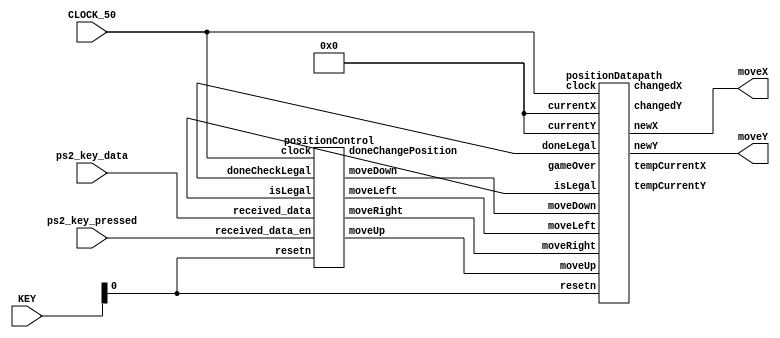
`timescale 1ns/1ns

module position(CLOCK_50, KEY, ps2_key_pressed, ps2_key_data, moveX, moveY);

	input CLOCK_50;
	input [3:0] KEY;
	input ps2_key_pressed;
	input [7:0] ps2_key_data;
	
	output [4:0] moveX, moveY;
	
	
	wire doneCheckLegal, isLegal, gameOver;
	wire moveUp, moveDown, moveLeft, moveRight;
	wire doneChangePosition;
	
	positionControl POSCTRL(
		.clock(CLOCK_50),
		.resetn(KEY[0]),
		.received_data_en(ps2_key_pressed),
		.received_data(ps2_key_data),
		.doneCheckLegal(doneCheckLegal),
		.isLegal(isLegal),
		.moveUp(moveUp),
		.moveDown(moveDown),
		.moveLeft(moveLeft),
		.moveRight(moveRight),
		.doneChangePosition(doneChangePosition)
	);
	
	//will this cause currentX and currentY to always be reset to 0,0 every time the top level module is instantiated?
	//if so, how can I input 0,0 only once at the beginning of the game?
	wire [4:0] currentX, currentY;
	assign currentX = 5'b00000;
	assign currentY = 5'b00000;
	
	wire [4:0] tempCurrentX, tempCurrentY;
	wire [4:0] changedX, changedY;
	wire [4:0] newX, newY;
	
	positionDatapath POSDATA( 
		.clock(CLOCK_50),
		.resetn(KEY[0]),
		.currentX(currentX),
		.currentY(currentY),
		.moveUp(moveUp),
		.moveDown(moveDown),
		.moveLeft(moveLeft),
		.moveRight(moveRight),
		.doneLegal(doneCheckLegal),
		.isLegal(isLegal),
		.gameOver(gameOver),
		.tempCurrentX(tempCurrentX),
		.tempCurrentY(tempCurrentY),
		.changedX(changedX),
		.changedY(changedY),
		.newX(newX),
		.newY(newY)
	);
	
	assign moveX = newX;
	assign moveY = newY;

endmodule

module positionControl(
	input clock,
	input resetn,
	input received_data_en,
	input [7:0] received_data,
	input doneCheckLegal,
	input isLegal,
	output reg moveUp,
	output reg moveDown,
	output reg moveLeft,
	output reg moveRight,
	output reg doneChangePosition
	);
	
	reg [3:0]  currentState, nextState;
	
	localparam  IDLE = 5'b00000,
				LOAD_DIRECTION = 5'b00001,
				CHANGE_POSITION = 5'b00010,
				MODIFICATIONS = 5'b00011,
				CHANGE_CURRENT = 5'b00100,
				DONT_CHANGE_CURRENT = 5'b00101;
				
	//next state logic
	//Question: what do I do exactly with the next state info?
	//should i send out the changePosition done flag only?
	//do I need to enable the registers to read/write data?
	always @ (*)
	begin: state_table
		case(currentState)
			IDLE: nextState = received_data_en ? LOAD_DIRECTION : IDLE;
			
			LOAD_DIRECTION: nextState = !received_data_en ? CHANGE_POSITION : LOAD_DIRECTION;
			
			CHANGE_POSITION: nextState = doneCheckLegal ? MODIFICATIONS : CHANGE_POSITION;
			
			MODIFICATIONS: nextState = isLegal ? CHANGE_CURRENT : DONT_CHANGE_CURRENT;
			
			CHANGE_CURRENT: nextState = doneChangePosition ? IDLE : CHANGE_CURRENT;
			
			DONT_CHANGE_CURRENT: nextState = doneChangePosition ? IDLE : DONT_CHANGE_CURRENT;
			
			default: nextState = IDLE;
		endcase
	end
	
	//raising the doneChangePosition flag
	//if you needed enable signals for the registers, this is where you would add them
	//just change the states to have begin/end
	always @ (*)
	begin: isDoneChangingPosition
		doneChangePosition = 1'b0;
		case(currentState)
			IDLE: doneChangePosition = 1'b0;
			
			LOAD_DIRECTION: doneChangePosition = 1'b0;
			
			CHANGE_POSITION: doneChangePosition = 1'b0;
			
			MODIFICATIONS: doneChangePosition = 1'b0;
			
			//where should i raise the flag that the position has changed?
			CHANGE_CURRENT: doneChangePosition = 1'b1;
			
			DONT_CHANGE_CURRENT: doneChangePosition = 1'b1;
			
			default: doneChangePosition = 1'b0; //technically don't need default
		endcase
	end
	
	localparam  W = 8'h1d; //move up
	localparam	A = 8'h1c; //move left
	localparam	S = 8'h1b; //move down
	localparam	D = 8'h23; //move right
				
	//determine if key pressed corresponds to moving up/down/left/right
	always @ (*)
	begin: directionOfMovement
	
		moveUp = 1'b0;
		moveDown = 1'b0;
		moveRight = 1'b0;
		moveLeft = 1'b0;
		
		case(received_data)
			A: moveLeft = 1'b1;
			
			D: moveRight = 1'b1;
			
			W: moveUp = 1'b1;
			
			S: moveDown = 1'b1;
			//don't need default since variables are already initialized at the top of the case statement
			default: begin
				moveUp = 1'b0;
				moveDown = 1'b0;
				moveRight = 1'b0;
				moveLeft = 1'b0;
			end
			
		endcase
	end
	
	//current state registers
	always @ (posedge clock)
	begin: state_FFs
		if(!resetn)
			currentState <= IDLE;
		else
			currentState <= nextState;
	end

endmodule

//24 x 24 board size
//each box is 10 bits wide

//Questions: Do I need load signals on the registers for tempCurrent, changedPosition, and newPosition?
module positionDatapath (
	input clock,
	input resetn,
	input [4:0] currentX, currentY,
	input moveLeft, moveRight, moveUp, moveDown,
	input doneLegal, isLegal, gameOver,
	output reg [4:0] tempCurrentX, tempCurrentY,
	output reg [4:0] changedX, changedY,
	output reg [4:0] newX, newY
	//output reg donePosition
	);
	
	//do I need these 2?
	//localparam STARTING_X_POSITION = 5'b00000 //size? initialize it to 0
	//localparam STARTING_Y_POSITION = 5'b00000 //size? initialize it to 0
	
	localparam MOVE_ONE_OVER = 5'b00001; //how big is one square on the board?
	
	//reg [4:0] tempCurrentX, tempCurrentY; //size?
	
	//assign tempCurrentX = (~resetn & currentX) | (resetn & newX);
	//assign tempCurrentY = (~resetn & currentY) | (resetn & newY);

	//multiplexer for determining the value of tempCurrent X and Y
	//technically you don't need an always block for this stuff
	always @ (posedge clock) 
	begin: tempCurrent
	
		if(!resetn) begin
		//do I need this here? because...
			tempCurrentX <= currentX;
			tempCurrentY <= currentY;
		end
		
		else begin
			//... this takes care of the case where resetn is 0 (ie: do the resetting) and sets (X,Y) to (0,0)
			tempCurrentX <= newX;
			tempCurrentY <= newY;
		end
		
	end
	
	//ALU for determining the value of changedX and changedY
	always @ (posedge clock)
	begin: changedPosition

		if(!resetn) begin
			changedX <= 5'b00000; //size?
			changedY <= 5'b00000; //size?
		end
		
		else begin
			if(moveLeft) begin
				changedX <= tempCurrentX - MOVE_ONE_OVER;
				changedY <= changedY;
			end
			
			else if(moveRight) begin
				changedX <= tempCurrentX + MOVE_ONE_OVER;
				changedY <= changedY;
			end
			
			else if(moveUp) begin
				changedY <= tempCurrentY - MOVE_ONE_OVER;
				changedX <= changedX;
			end
			
			else if(moveDown) begin
				changedY <= tempCurrentY + MOVE_ONE_OVER;
				changedX <= changedX;
			end
			
			else begin
				changedX <= tempCurrentX;
				changedY <= tempCurrentY;
			end
			
		end	
		//donePosition = 1'b1 //raise donePosition flag so legal moves FSM can do its thing
	end
	
	//multiplexer for determining the value of newPosition
	//technically you don't need an always block for this stuff
	always @ (posedge clock)
	begin: newPosition
		if(!resetn) begin 	
			newX <= 5'b00000; //size?
			newY <= 5'b00000; //size?
		end
		
		else if(doneLegal & gameOver) begin //no change to newX or newY, should I load them with the current or changed values of X and Y?
			newX <= newX;
			newY <= newY;
		end
		
		else if(doneLegal & !gameOver) begin
			
			if(isLegal) begin
				newX <= changedX;
				newY <= changedY;
			end
			
			else begin
				newX <= tempCurrentX;
				newY <= tempCurrentY;
			end
		end
		 
	end
	
endmodule